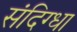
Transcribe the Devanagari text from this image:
संदिग्धा